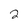
Character: 2